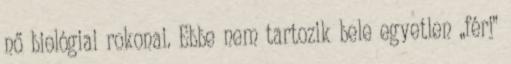
nő biológiai rokonai. Ebbe nem tartozik bele egyetlen „férj”